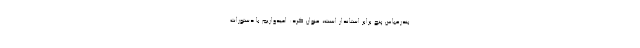
بندرعباس پنج برابر استاندار است، عنوان کرد: امیدواریم با دستورات